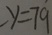
- y = 7 9